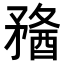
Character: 𥎈